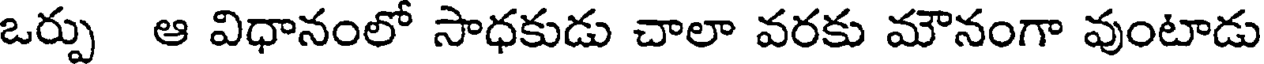
ఒర్పు ఆ విధానంలో సాధకుడు చాలా వరకు మౌనంగా వుంటాడు